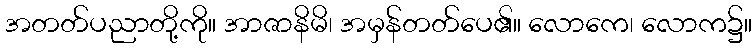
အတတ်ပညာတို့ကို။ အာဇာနိမိ၊ အမှန်တတ်ပေ၏။ လောကေ၊ လောက၌။